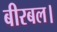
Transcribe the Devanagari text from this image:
बीरबल।